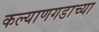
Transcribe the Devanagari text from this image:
कल्याणगडाच्या